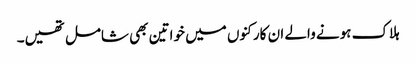
ہلاک ہونے والے ان کارکنوں میں خواتین بھی شامل تھیں۔